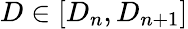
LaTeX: D\in[D_{n},D_{n+1}]